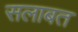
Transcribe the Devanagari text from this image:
सलाबत